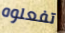
تفعلوه